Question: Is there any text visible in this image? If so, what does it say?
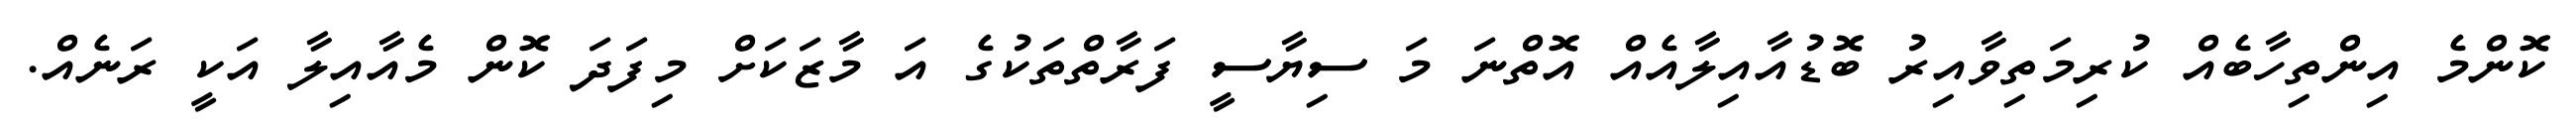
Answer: ކޮންމެ އިންތިހާބެއް ކުރިމަތިވާއިރު ބޮޑުއާއިލާއެއް އޮތްނަ މަ ސިޔާސީ ފަރާތްތަކުގެ އަ މާޒަކަށް މިފަދަ ކޮން މެއާއިލާ އަކީ ރަނެއް.